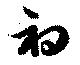
初